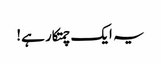
یہ ایک چمتکار ہے!